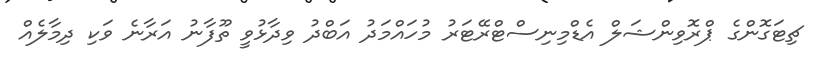
ޗިޓަގޮންގެ ޕްރޮވިންޝަލް އެޑްމިނިސްޓްރޭޓަރު މުހައްމަދު އަބްދު ވިދާޅުވީ ތޫފާނު އަރާނެ ވަކި ދިމާލެއް